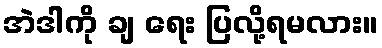
အဲဒါကို ချ ရေး ပြလို့ရမလား။